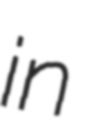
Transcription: in